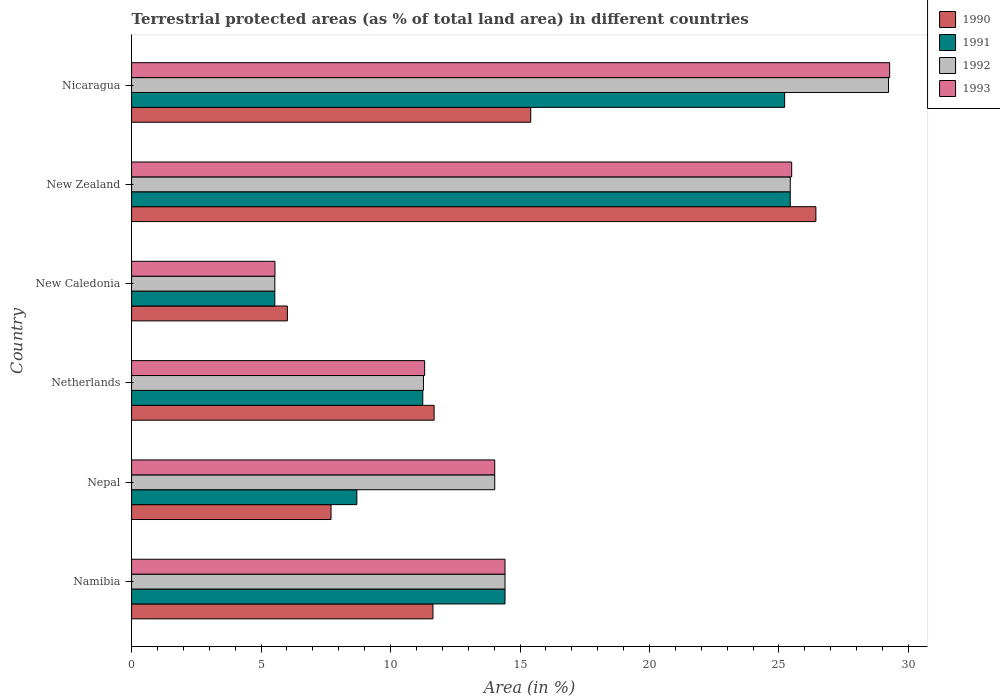
| Country | 1990 | 1991 | 1992 | 1993 |
 | --- | --- | --- | --- | --- |
 | Namibia | 11.6 | 14.4 | 14.4 | 14.4 |
 | Nepal | 7.7 | 8.7 | 14 | 14 |
 | Netherlands | 11.7 | 11.2 | 11.3 | 11.3 |
 | New Caledonia | 6.02 | 5.53 | 5.53 | 5.54 |
 | New Zealand | 26.4 | 25.4 | 25.4 | 25.5 |
 | Nicaragua | 15.4 | 25.2 | 29.2 | 29.3 |